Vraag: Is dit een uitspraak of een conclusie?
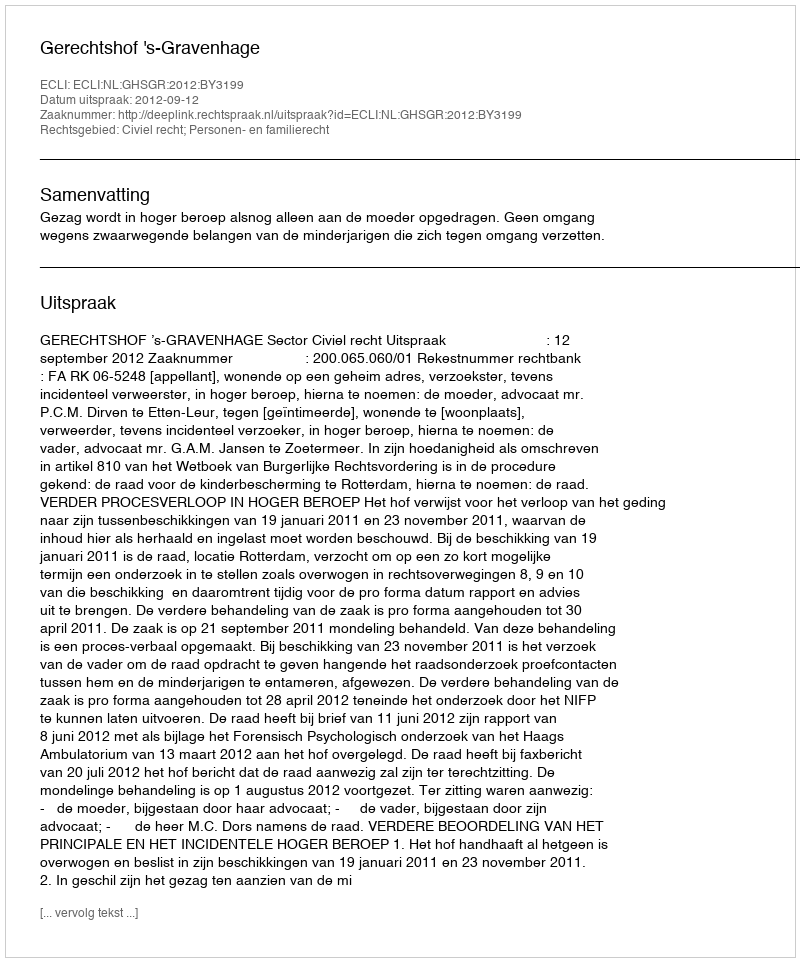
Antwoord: Uitspraak